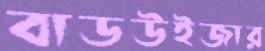
বাডউইজার